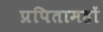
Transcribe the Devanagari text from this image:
प्रपितामहों